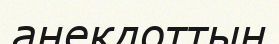
анекдоттың